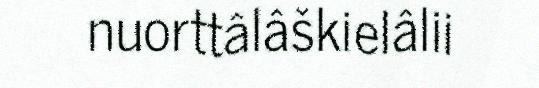
nuorttâlâškielâlii